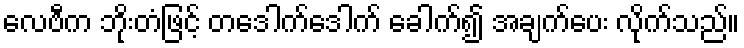
လေဗီက ဘိုးတံဖြင့် တဒေါက်ဒေါက် ခေါက်၍ အချက်ပေး လိုက်သည်။